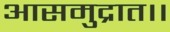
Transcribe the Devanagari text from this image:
आसमुद्रात।।